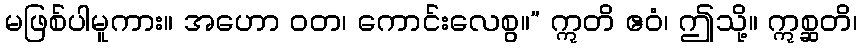
မဖြစ်ပါမူကား။ အဟော ဝတ၊ ကောင်းလေစွ။” ဣတိ ဧဝံ၊ ဤသို့။ ဣစ္ဆတိ၊